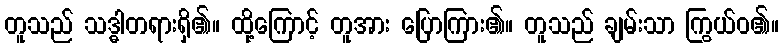
တူသည် သဒ္ဓါတရားရှိ၏။ ထို့ကြောင့် တူအား ပြောကြား၏။ တူသည် ချမ်းသာ ကြွယ်ဝ၏။